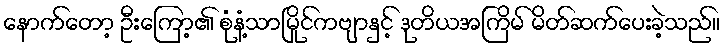
နောက်တော့ ဦးကြော့၏ စုံနံ့သာမြိုင်ကဗျာနှင့် ဒုတိယအကြိမ် မိတ်ဆက်ပေးခဲ့သည်။